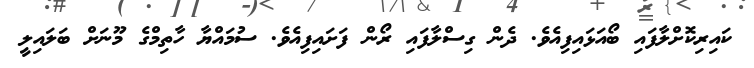
ކައިރިކޮށްލާފައި ބޯއަޅައިފިއެވެ. ދެން ގިސްލާފައި ރޯން ފަށައިފިއެވެ. ސުމައްޔާ ހާތިމްގެ މޫނަށް ބަލައިލީ